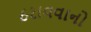
ઠરાવવાનો